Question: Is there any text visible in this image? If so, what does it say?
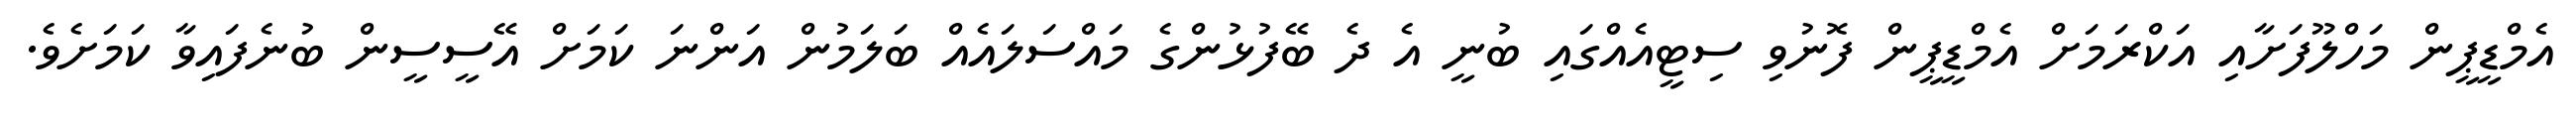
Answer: އެމްޑީޕީން މަހްލޫފަށާއި އަކްރަމަށް އެމްޑީޕީން ފޮނުވި ސިޓީއެއްގައި ބުނީ އެ ދެ ބޭފުޅުންގެ މައްސަލައެއް ބަލަމުން އަންނަ ކަމަށް އޭސީސީން ބުނެފައިވާ ކަމަށެވެ.